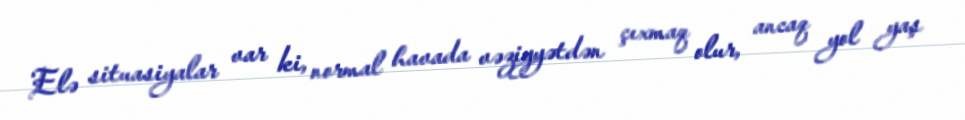
Elə situasiyalar var ki, normal havada vəziyyətdən çıxmaq olur, ancaq yol yaş